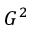
G ^ { 2 }